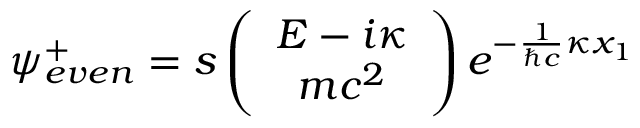
{ \psi } _ { e v e n } ^ { + } = s \left( \begin{array} { c } { { E - i { \kappa } } } \\ { { m c ^ { 2 } } } \end{array} \right) e ^ { - \frac { 1 } { { \hbar } c } { \kappa } x _ { 1 } }